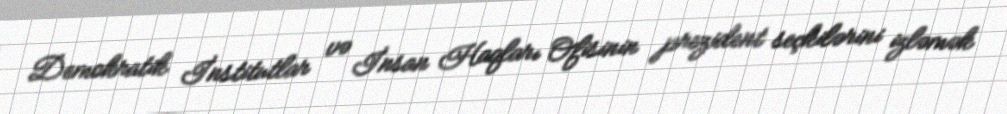
Demokratik İnstitutlar və İnsan Haqları Ofisinin prezident seçkilərini izləmək